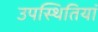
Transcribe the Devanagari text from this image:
उपस्थितियां